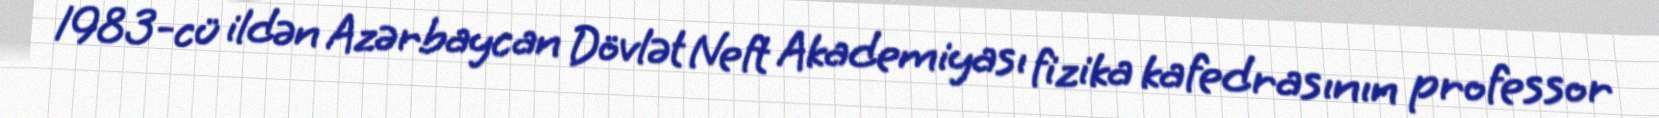
1983-cü ildən Azərbaycan Dövlət Neft Akademiyası fizika kafedrasının professor